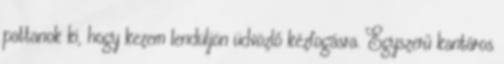
pattanok ki, hogy kezem lendüljön üdvözlő kézfogásra. Egyszerű kantáros